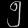
Digit: ၅